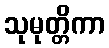
သုမုတ္တိကာ